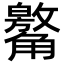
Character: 䚫